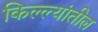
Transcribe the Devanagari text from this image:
किल्ल्यांतील